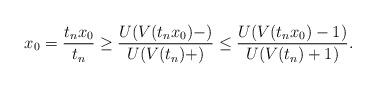
LaTeX: \begin{align*}x_{0}=\frac{t_{n}x_{0}}{t_{n}}\geq \frac{U(V(t_{n}x_{0})-)}{U(V(t_{n})+)}\leq \frac{U(V(t_{n}x_{0})-1)}{U(V(t_{n})+1)}. \end{align*}